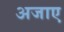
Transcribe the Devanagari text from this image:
अजाए